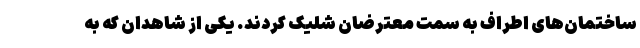
ساختمان‌های اطراف به سمت معترضان شلیک کردند. یکی از شاهدان که به